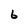
Character: 6